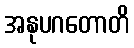
အနုပဂတောတိ